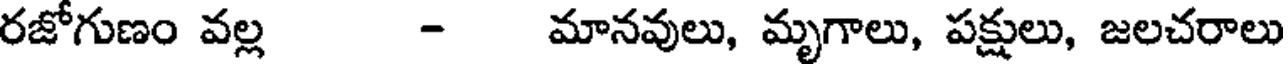
రజోగుణం వల్ల - మానవులు, మృగాలు, పక్షులు, జలచరాలు